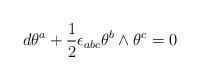
\begin{align*}d\theta ^{a}+{\frac{1}{2}}\epsilon _{abc}\theta ^{b}\wedge \theta ^{c}=0\end{align*}